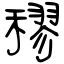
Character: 穋